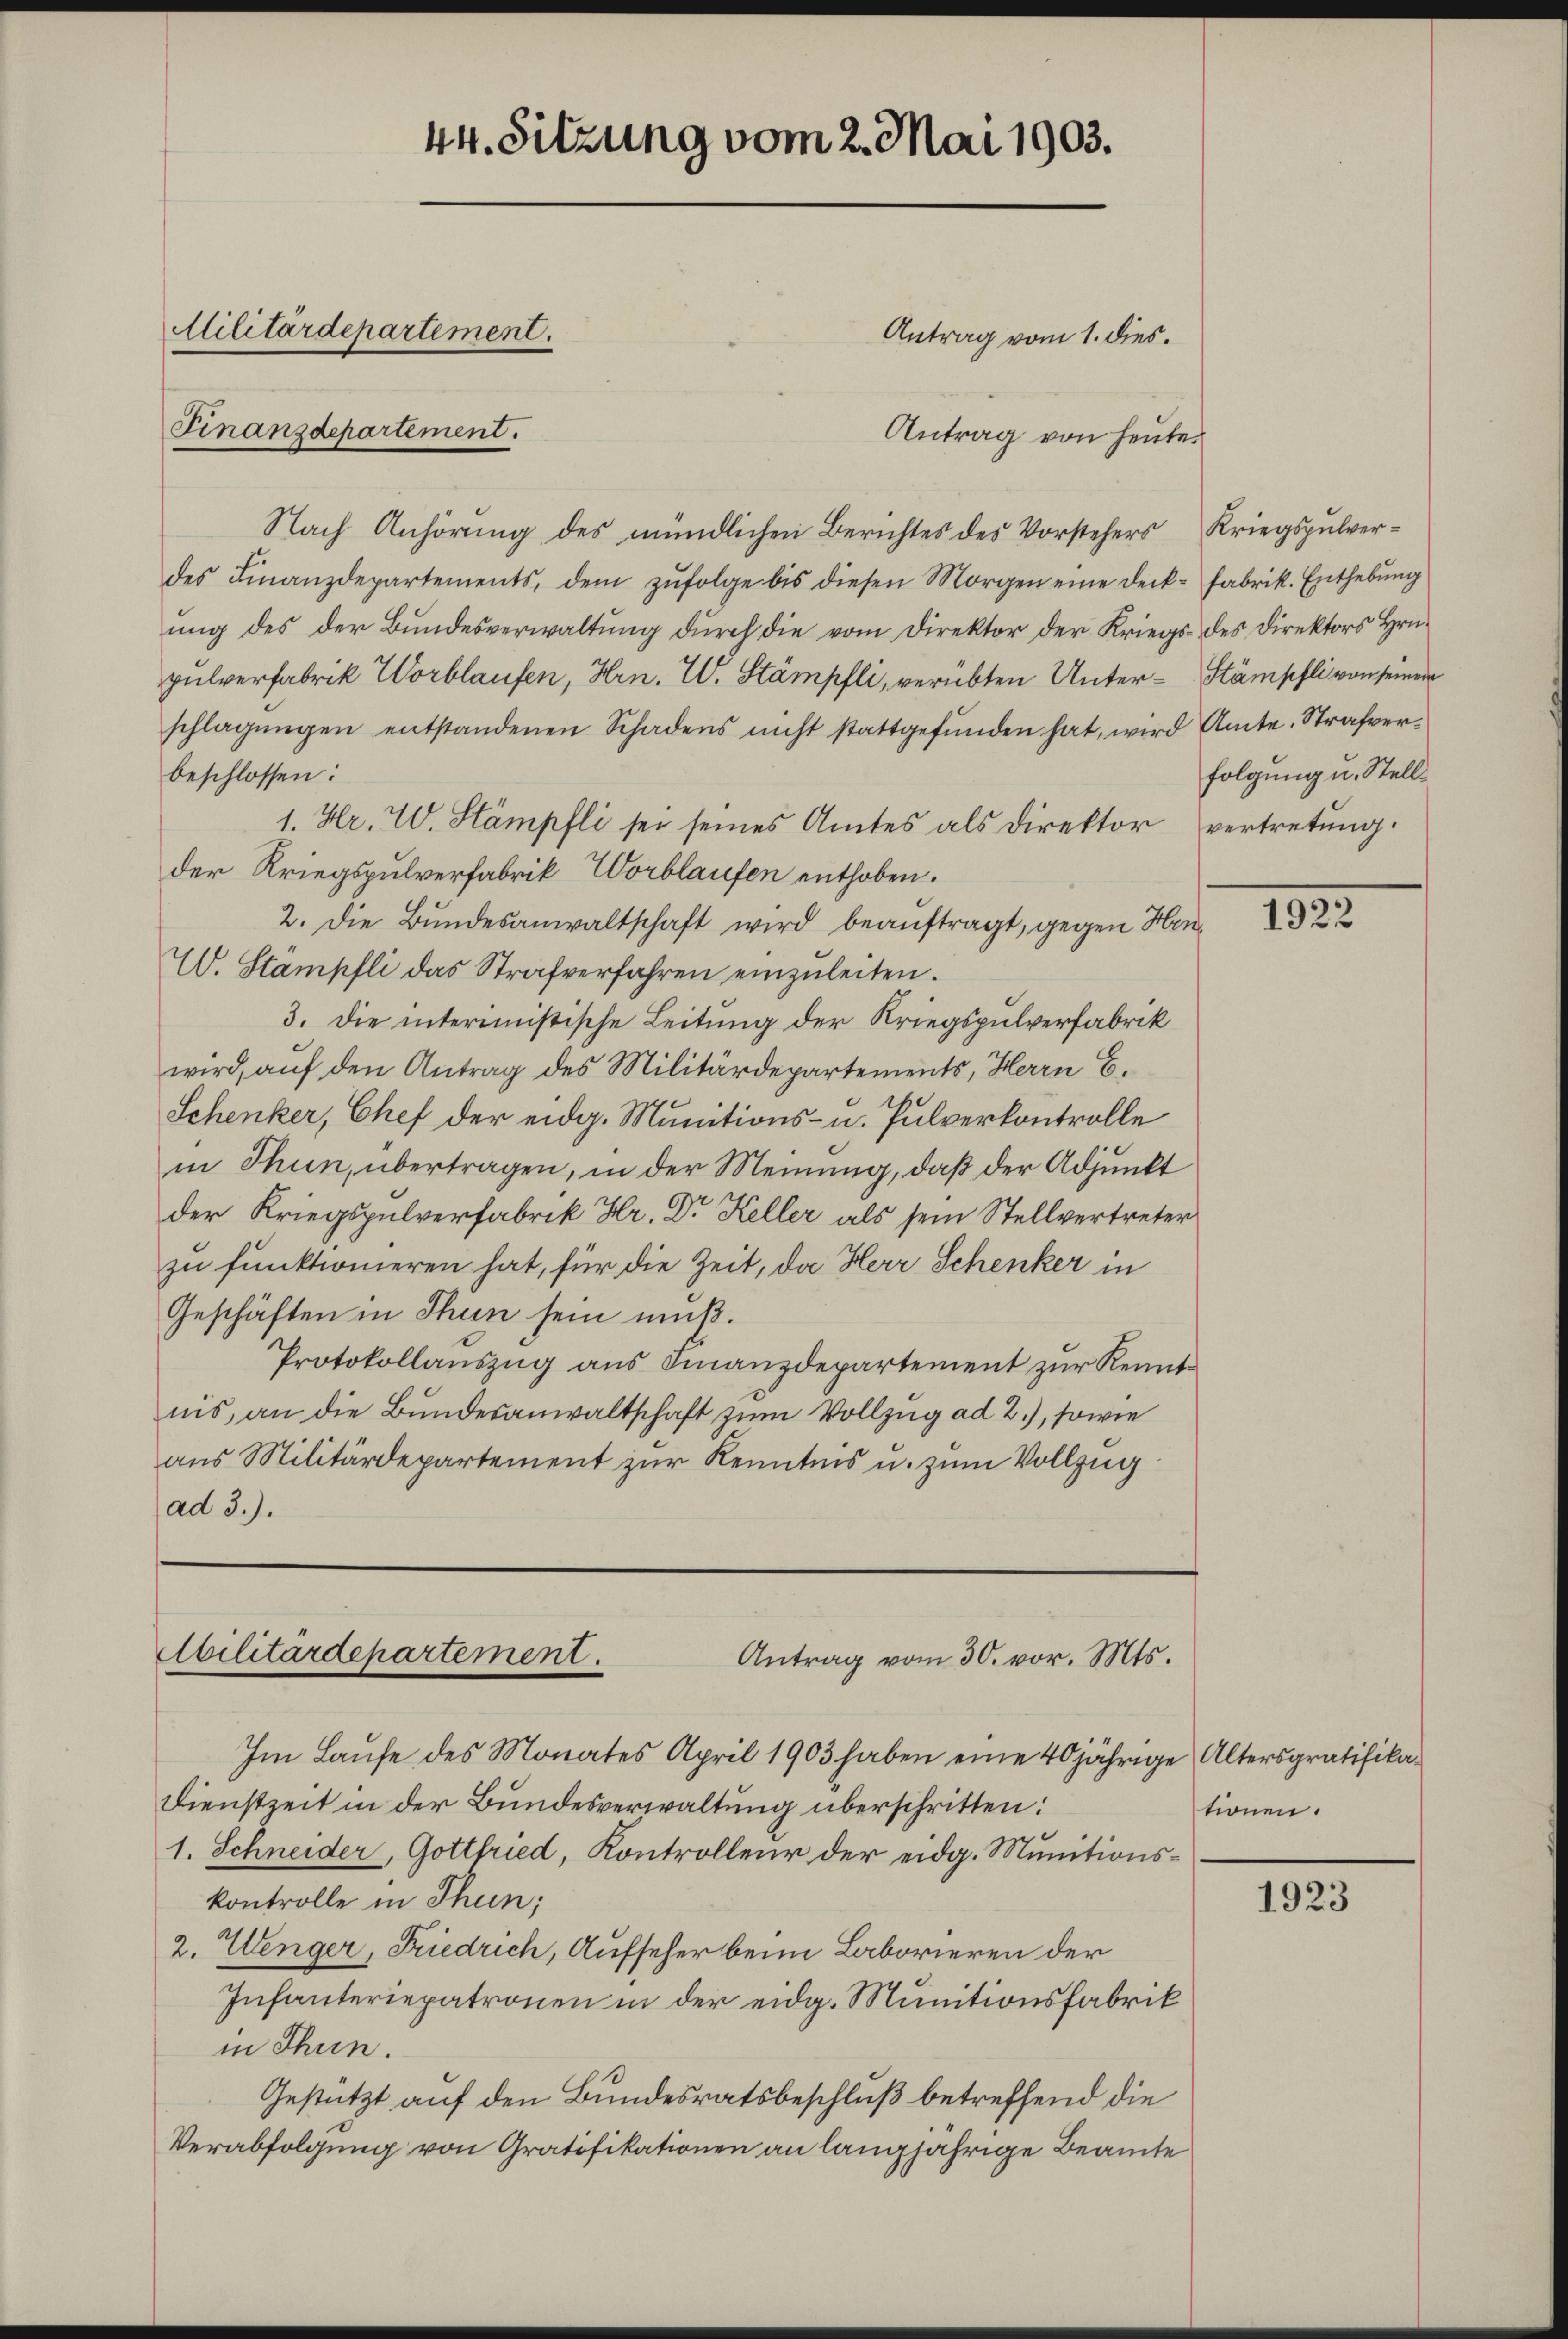
44. Sitzung vom 2. Mai 1903.
Militärdepartement.
Antrag vom 1. dies.
Finanzdepartement.

Antrag von heute.
Nach Anhörung des mündlichen Berichtes des Vorstehers Kriegspulverdes Finanzdepartements, dem zŭfolge bis diesen Morgen eine Deck- fabrik. Enthebŭng
ŭng des der Bŭndesverwaltŭng dŭrch die vom Direktor der Kriegs- des Direktors Hrn.
pulverfabrik Worblaufen, Hrn. W. Stämpfli, verübten Unter- Stämschli von seinem
schlagungen entstandenen Schadens nicht stattgefŭnden hat, wird Amte. Strafverbeschlossen:
1. Hr. W. Stämpfli sei seines Amtes als Direktor vertretung.
der Kriegspulverfabrik, Worblaufen enthoben.
2. Die Bŭndesanwaltschaft wird beaŭftragt, gegen Hin¬
W. Stämpfli das Strafverfahren einzuleiten.
3. die interimistische Leitung der Kriegspulverfabrik
wird, auf den Antrag des Militärdepartements, Herrn E.
Schenker, Chef der eidg. Munitions- u. Pulverkontrolle
in Thun, übertragen, in der Meinung, daß der Adjunkt
der Kriegspulverfabrik Hr. Dr Keller als sein Stellvertreter
zu funktionieren hat, für die Zeit, da Herr Schenker in
Geschäften in Thun sein muß.
Protokollauszug aus Finanzdepartement zur Kenntnis, an die Bundesanwaltschaft zum Vollzug ad 2.), sowie
aus Militärdepartement zur Kenntnis u. zum Vollzug
ad 3.).

Abilitärdepartement.
Antrag vom 30. vor. Mts.

Im Laufe des Monates April 1903 haben eine 40jährige Altersgratifika¬
Dienstzeit in der Bundesverwaltung überschritten:
1. Schneider, Gottfried, Kontrolleur der eidg. Munitionskontrolle in Thun;
2. Wenger, Friedrich, Aufseher beim Laborieren der
Infanteriepatronen in der eidg. Munitionsfabrik
in Thun.
Gestützt auf den Bundesratsbeschluß betreffend die
Verabfolgung von Gratifikationen an langjährige Beamte

folgung u. Stell¬

1823.

tionen.

1923